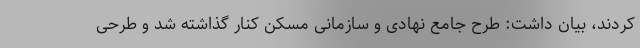
کردند، بیان داشت: طرح جامع نهادی و سازمانی مسکن کنار گذاشته شد و طرحی